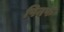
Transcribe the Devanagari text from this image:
पिनफ